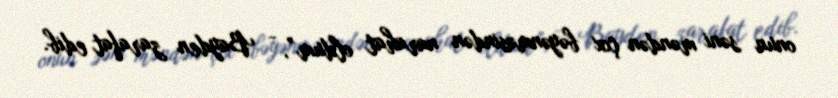
onun səni məndən çox bəyənməsindən narahat oldum”, - Bayden zarafat edib.